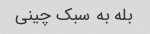
بله به سبک چینی